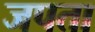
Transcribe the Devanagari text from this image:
जपता